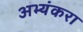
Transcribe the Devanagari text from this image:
अभ्यंकरा